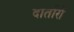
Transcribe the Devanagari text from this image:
दार्तारों